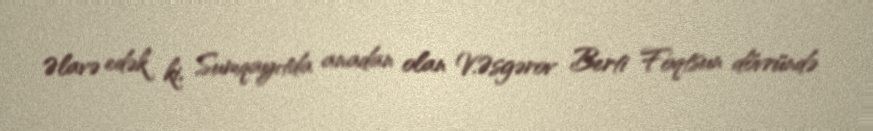
Əlavə edək ki, Sumqayıtda anadan olan V.Əsgərov Berti Foqtsun dövründə